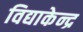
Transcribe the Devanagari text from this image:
विद्याकेन्द्र